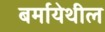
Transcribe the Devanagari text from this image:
बर्मायेथील